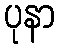
ပုနာ